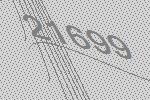
21699